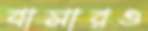
বাসারও